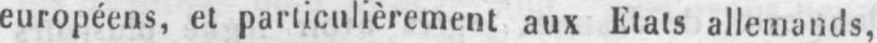
européens, et particulièrement aux Etats allemands,